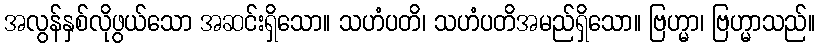
အလွန်နှစ်လိုဖွယ်သော အဆင်းရှိသော။ သဟံပတိ၊ သဟံပတိအမည်ရှိသော။ ဗြဟ္မာ၊ ဗြဟ္မာသည်။